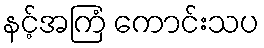
နင့်အကြံ ကောင်းသပ